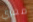
مغري